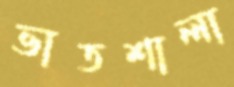
ভাতশালা